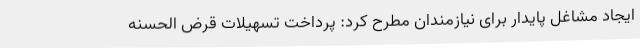
ایجاد مشاغل پایدار برای نیازمندان مطرح کرد: پرداخت تسهیلات قرض الحسنه